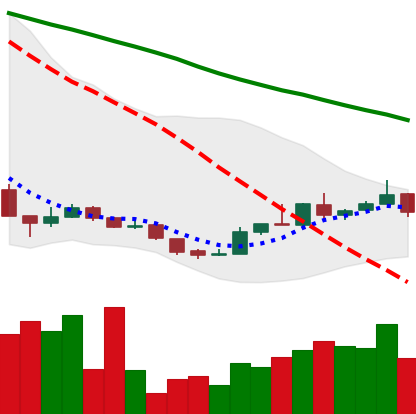
Ticker: XLM-USD
Chart end date: 2018-12-25
Forward return: -3.494%
Label: down_3_5